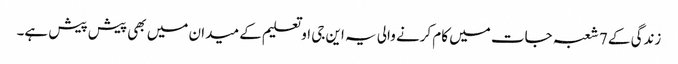
زندگی کے 7 شعبہ جات میں کام کرنے والی یہ این جی او تعلیم کے میدان میں بھی پیش پیش ہے۔